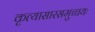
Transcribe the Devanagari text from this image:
कृत्यासारसमुच्चयः